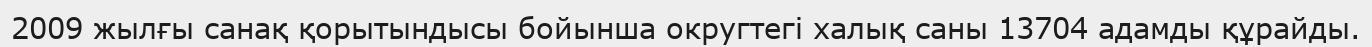
2009 жылғы санақ қорытындысы бойынша округтегі халық саны 13704 адамды құрайды.